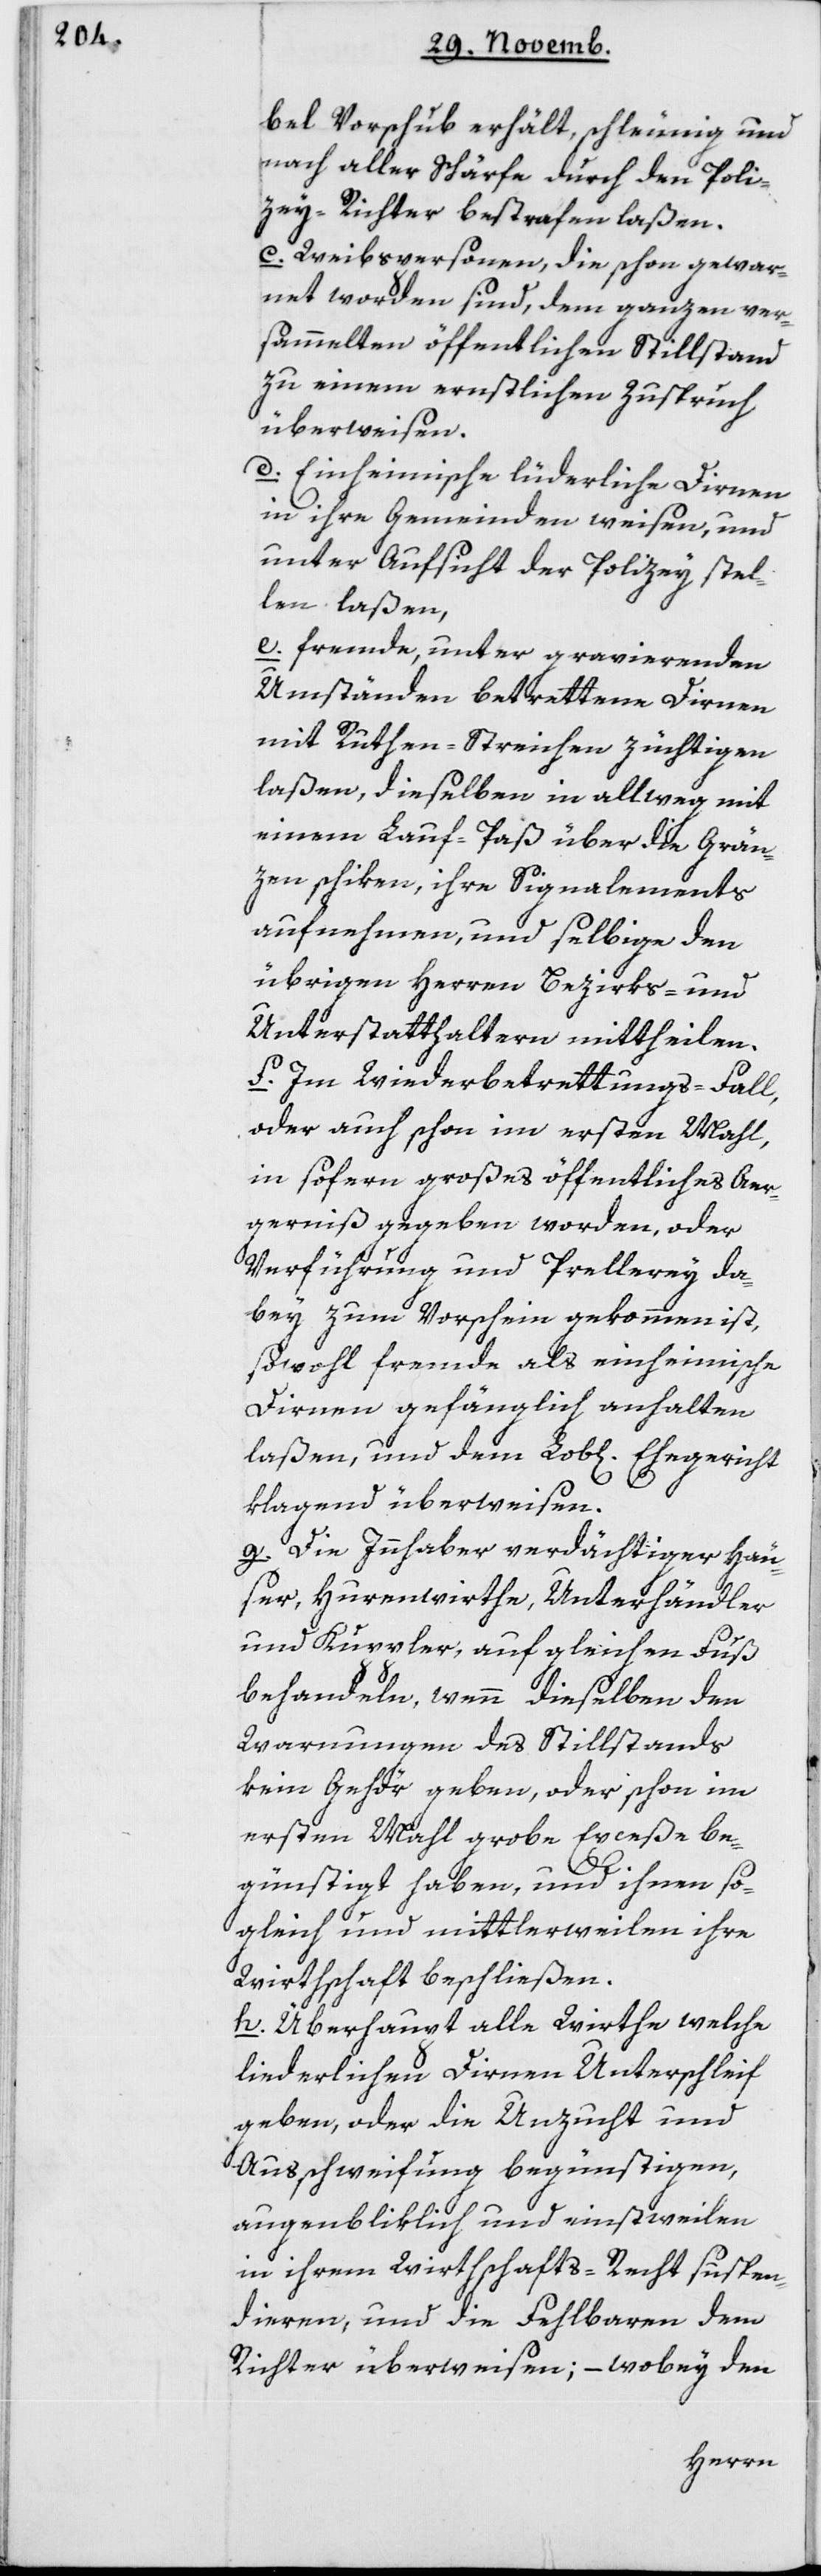
bel Vorschub erhält, schleunig und
nach aller Schärfe durch den Poli¬
zey-Richter bestrafen laßen.
c) Weibspersonen, die schon gewar¬
net worden sind, dem ganzen ver¬
sammelten öffentlichen Stillstand
zu einem ernstlichen Zuspruch
überweisen.
d Einheimische lüderliche Dirnen
in ihre Gemeinden weisen und
unter Aufsicht der Polizey stel¬
len laßen.
e. Fremde, unter gravierenden
Umständen betrettene Dirnen
mit Ruthen-Streichen züchtigen
laßen, dieselben in allweg mit
einem Lauf-Paß über die Grän¬
zen schiken, ihre Signalements
aufnehmen, und selbige den
übrigen Herren Bezirks- und
Unterstatthaltern mittheilen.
f. Im Wiederbetretungs-Fall
oder auch schon im ersten Mahl,
in sofern großes öffentliches Aer¬
gernis gegeben worden, oder
Verführung und Prellerey da¬
bey zum Vorschein gekommen ist,
sowohl fremde als einheimische
Dirnen gefänglich anhalten
laßen, und dem Lobl. Ehegericht
klagend überweisen.
g Die Innhaber verdächtiger Häus¬
er, Hurenwirthe, Unterhändler
und Kuppler, auf gleichen Fuß
behandeln, wenn dieselben den
Warnungen des Stillstands
kein Gehör geben, oder schon im
ersten Mahl grobe Exceße be¬
günstigt haben, und ihnen so¬
gleich und mittlerweilen ihre
Wirthschaft beschließen.
h Überhaupt alle Wirthe, welche
liederlichen Dirnen Unterschleif
geben, oder die Unzucht und
Ausschweifung begünstigen,
augenbliklich und einstweilen
in ihrem Wirthschafts-Recht suspen¬
dieren, und die Fehlbaren dem
Richter überweisen; – wobey den